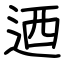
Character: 迺